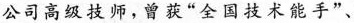
公司高级技师，曾获“全国技术能手”、